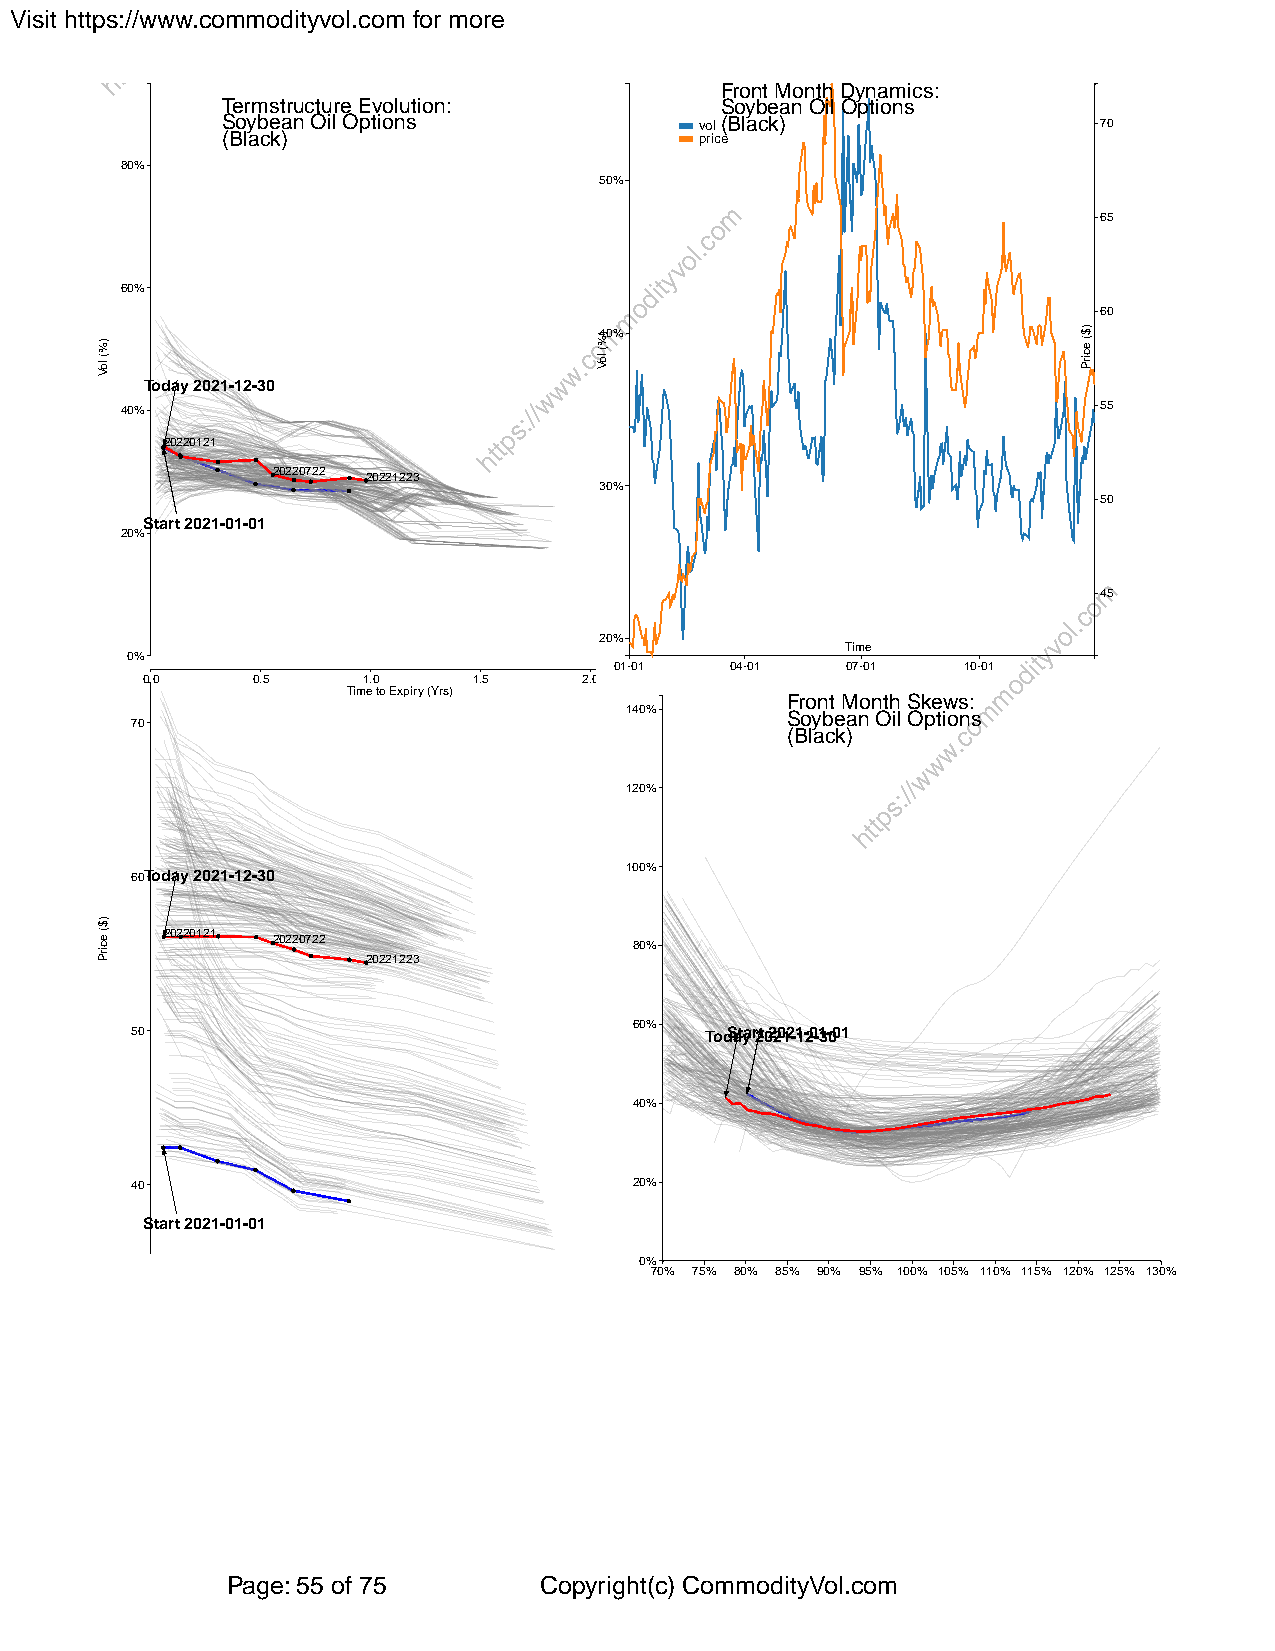
Visit https://www.commodityvol.com for more
 Front Month Dynamics:
 Termstructure Evolution:         Soybean Oil Options
 Soybean Oil Options            vol(Black)                 70
 (Black)                        price
 80%
 50%
 65
 60%
 60
 40%
 Today 2021-12-30
 40%                                                              55
 20220121
 20220722 20221223
 30%
 50
 Start 2021-01-01
 20%
 45
 20%
 Time
 0%
 01-01  04-01   07-01   10-01
 0.0     0.5    1.0    1.5     2.0
 Time to Expiry (Yrs)
 Front Month Skews:
 140%       Soybean Oil Options
 70
 (Black)
 120%
 100%
 60Today 2021-12-30
 20220121
 20220722                80%
 20221223
 60%
 50                                    TodSatya r2t 022012-11-20-13-001
 40%
 40                               20%
 Start 2021-01-01
 0%
 70% 75% 80% 85% 90% 95% 100% 105% 110% 115% 120% 125% 130%
 Page: 55 of 75       Copyright(c) CommodityVol.com
 )%(
 loV
 )$(
 ecirP
 )%(
 loV
 )$(
 ecirP